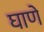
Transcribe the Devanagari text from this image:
घाणे